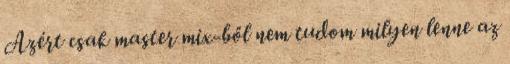
Azért csak master mix-ből nem tudom milyen lenne az